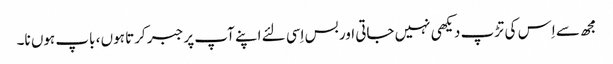
مجھ سے اِس کی تڑپ دیکھی نہیں جاتی اور بس اِسی لئے اپنے آپ پر جبر کرتا ہوں ، باپ ہوں نا۔